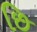
છિ